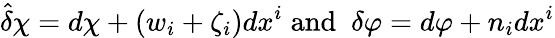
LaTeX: \widehat{\delta}\chi=d\chi+\left(w_{i}+\zeta_{i}\right)dx^{i}\; \mathrm{and~}\; \delta\varphi=d\varphi+n_{i}dx^{i}